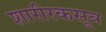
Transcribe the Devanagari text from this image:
शारीरकसूत्र